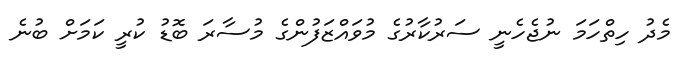
މެދު ހިތްހަމަ ނުޖެހެނީ ސަރުކާރުގެ މުވައްޒަފުންގެ މުސާރަ ބޮޑު ކުރީ ކަމަށް ބުނެ